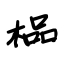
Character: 榀